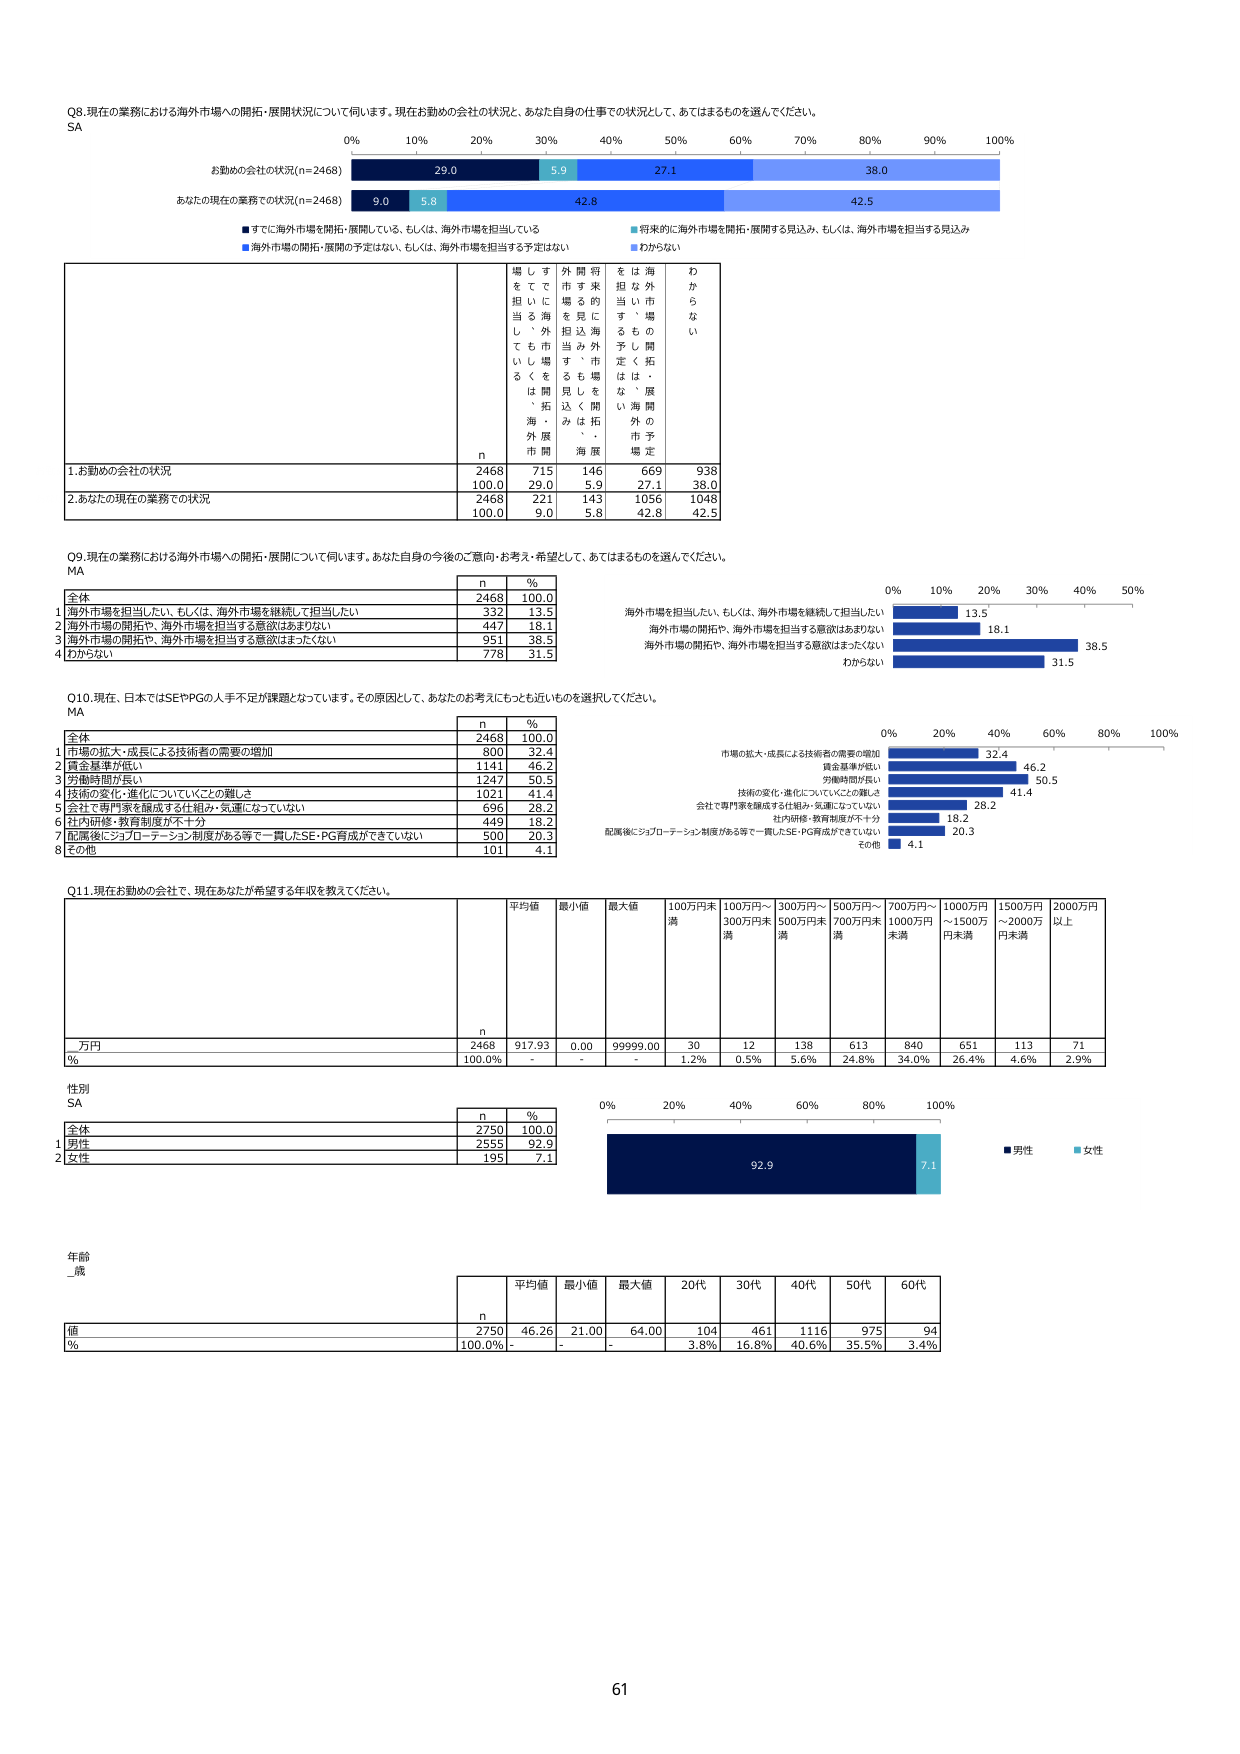
Q8.現在の業務における海外市場への開拓・展開状況について伺います。現在お勤めの会社の状況と、あなた自身の仕事での状況として、あてはまるものを選んでください。
SA
お勤めの会社の状況(n=2468)
あなたの現在の業務での状況(n=2468)
■すでに海外市場を開拓・展開している、もしくは、海外市場を担当している
■海外市場の開拓・展開の予定はない、もしくは、海外市場を担当する予定はない
■将来的に海外市場を開拓・展開する見込み、もしくは、海外市場を担当する見込み
■わからない
n
場しす外開将をは海わ
をてて市す未担を外か
当にに場るの当い市な
当も外担込海すし場い
てを市当み、市定く開
るくをるも場見く開
、拓を、見く開、展
海・外開みは拓外の
外展市海、海市
n
1.お勤めの会社の状況
2468
715
146
669
938
100.0
29.0
5.9
27.1
38.0
2.あなたの現在の業務での状況
2468
221
143
1056
1048
100.0
9.0
5.8
42.8
42.5
Q9.現在の業務における海外市場への開拓・展開について伺います。あなた自身の今後のご意向・お考え・希望として、あてはまるものを選んでください。
MA
n
%
全体
2468
100.0
1 海外市場を担当したい、もしくは、海外市場を継続して担当したい
332
13.5
2 海外市場の開拓や、海外市場を担当する意欲はあまりない
447
18.1
3 海外市場の開拓や、海外市場を担当する意欲はまったくない
951
38.5
4 わからない
778
31.5
海外市場を担当したい、もしくは、海外市場を継続して担当したい
13.5
海外市場の開拓や、海外市場を担当する意欲はあまりない
18.1
海外市場の開拓や、海外市場を担当する意欲はまったくない
38.5
わからない
31.5
Q10.現在、日本ではSEやPGの人手不足が課題となっています。その原因として、あなたの考えにもっとも近いものを選択してください。
MA
n
%
全体
2468
100.0
1 市場の拡大・成長による技術者の需要の増加
800
32.4
2 賃金基準が低い
1141
46.2
3 労働時間が多い
1247
50.5
4 技術の変化・進化についていくことの難しさ
1021
41.4
5 会社で専門家を養成する仕組み・気運になっていない
696
28.2
6 社内研修・教育制度が不十分
449
18.2
7 配属後にジョブローテーション制度がある等で一貫したSE・PG育成ができていない
500
20.3
8 その他
101
4.1
市場の拡大・成長による技術者の需要の増加
32.4
賃金基準が低い
46.2
労働時間が多い
50.5
技術の変化・進化についていくことの難しさ
41.4
会社で専門家を養成する仕組み・気運になっていない
28.2
社内研修・教育制度が不十分
18.2
配属後にジョブローテーション制度がある等で一貫したSE・PG育成ができていない
20.3
その他
4.1
Q11.現在お勤めの会社で、現在あなたが希望する年収を教えてください。
平均値
最小値
最大値
100万円未満
100万円～300万円未満
300万円～500万円未満
500万円～700万円未満
700万円～1000万円未満
1000万円～1500万円未満
1500万円～2000万円未満
2000万円以上
万円
2468
917.93
0.00
99999.00
30
12
138
613
840
651
113
71
%
100.0%
-
-
-
1.2%
0.5%
5.6%
24.8%
34.0%
26.4%
4.6%
2.9%
性別
SA
n
%
全体
2750
100.0
1 男性
2555
92.9
2 女性
195
7.1
0%
20%
40%
60%
80%
100%
92.9
7.1
■男性
■女性
年齢
_歳
平均値
最小値
最大値
20代
30代
40代
50代
60代
n
2750
46.26
21.00
64.00
104
461
1116
975
94
%
100.0%
-
-
-
3.8%
16.8%
40.6%
35.5%
3.4%
61